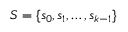
S = \{ s _ { 0 } , s _ { 1 } , \ldots , s _ { k - 1 } \}